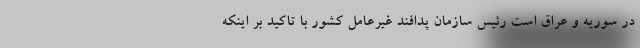
در سوریه و عراق است رئیس سازمان پدافند غیرعامل کشور با تاکید بر اینکه